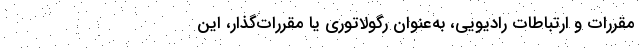
مقررات و ارتباطات رادیویی، به‌عنوان رگولاتوری یا مقررات‌گذار، این